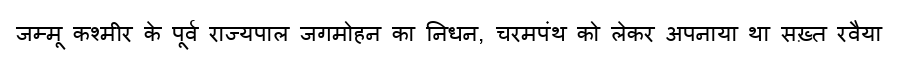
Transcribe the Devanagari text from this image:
जम्मू कश्मीर के पूर्व राज्यपाल जगमोहन का निधन, चरमपंथ को लेकर अपनाया था सख़्त रवैया